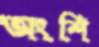
অংশি